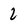
Character: 2